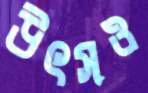
উৎসও